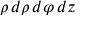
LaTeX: \rho \, d \rho \, d \varphi \, d z